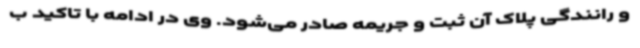
و رانندگی پلاک آن ثبت و جریمه صادر می‌شود. وی در ادامه با تاکید ب